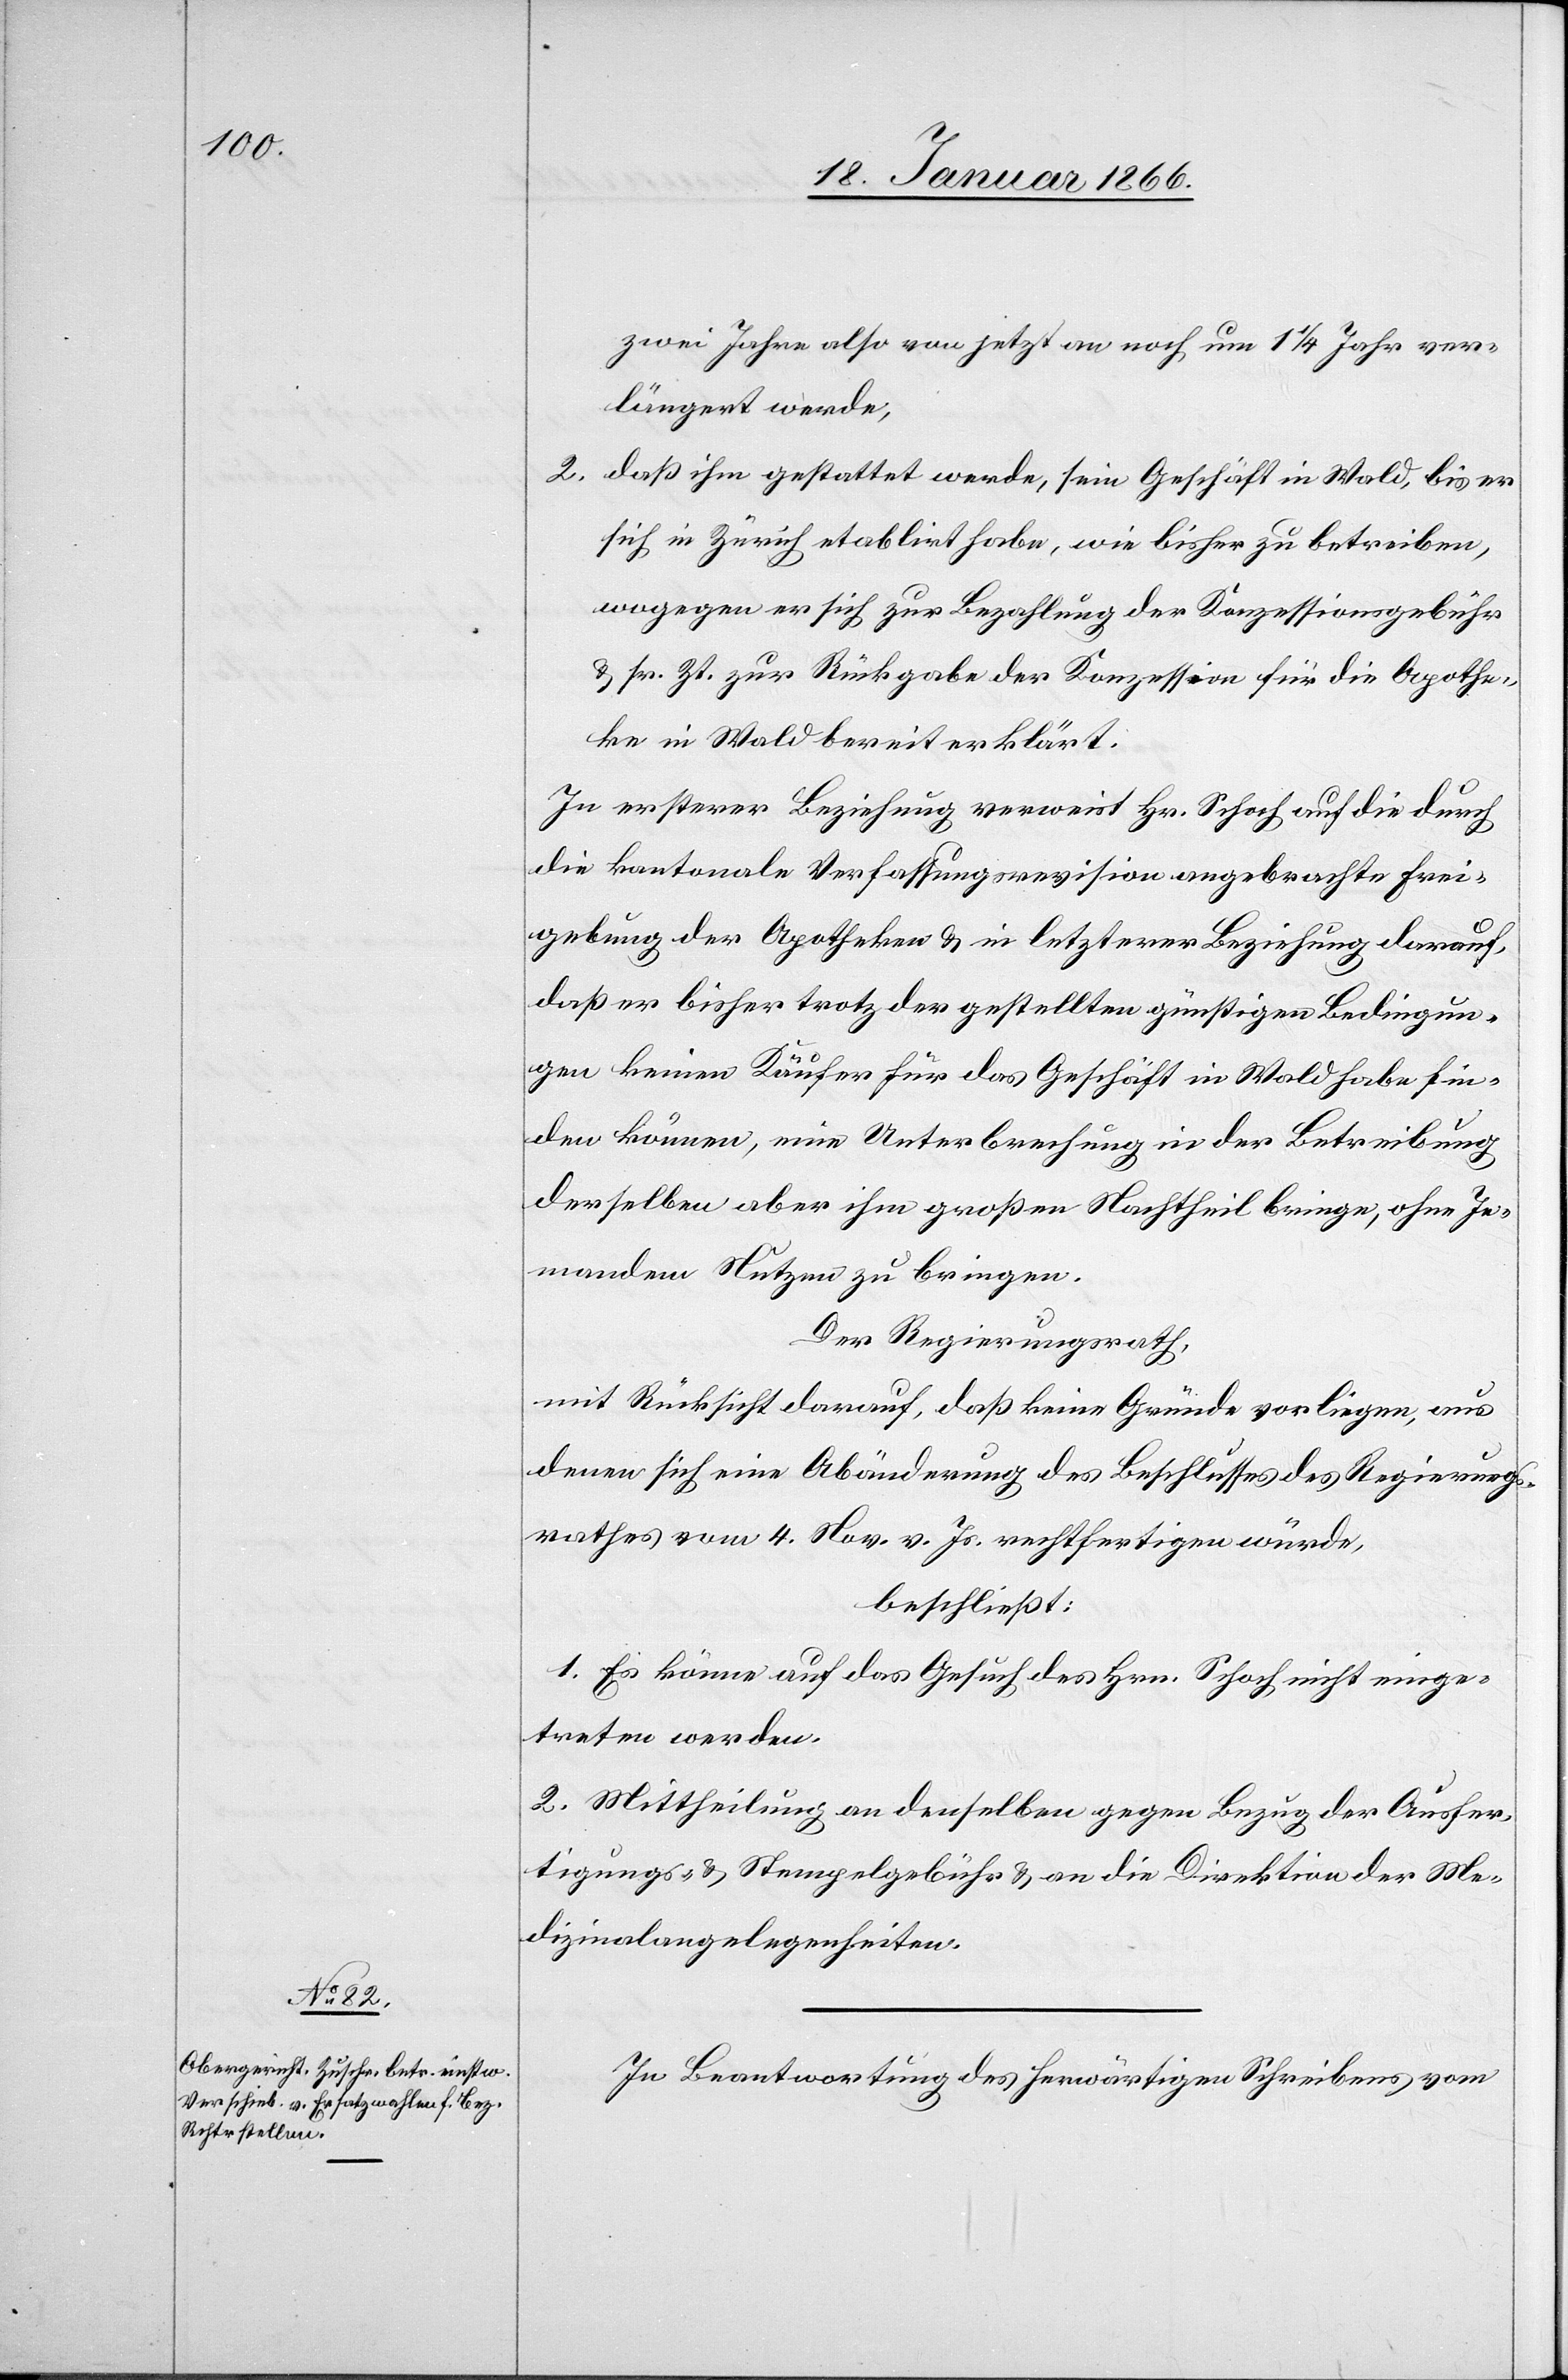
zwei Jahre also von jetzt noch um 1¼ Jahr ver¬
längert werde;
2. daß ihm gestattet werde, sein Geschäft in Wald, bis er
sich in Zürich etablirt habe, wie bisher zu betreiben,
wogegen er sich zur Bezahlung der Konzessionsgebühr
u. sr. Zt. zur Rückgabe der Konzession für die Apothe¬
ke in Wald bereit erklärt.
In ersterer Beziehung verweist Hr. Schoch auf die durch
die kantonale Verfassungsrevision angebrachte Frei¬
gebung der Apotheken u. in letzterer Beziehung darauf,
daß er bisher trotz der gestellten günstigen Bedingun¬
gen keinen Käufer für das Geschäft in Wald habe fin¬
den können, eine Unterbrechung in der Betreibung
derselben aber ihm großen Nachttheil bringen, ohne Je¬
manden Nutzen zu bringen.
Der Regierungsrath,
mit Rücksicht darauf, daß keine Gründe vorliegen, aus
denen sich eine Abänderung des Beschlusses des Regierungs¬
rathes vom 4. Nov. v. Js. rechtfertigen würde,
beschließt:
1. Es könne auf das Gesuch des Hrn. Schoch nicht einge¬
treten werden.
2. Mittheilung an denselben gegen Bezug der Ausfer¬
tigung- u. Stempelgebühr u. an die Direktion der Me¬
dizinalangelegenheiten.
In Beantwortung des herwärtigen Schreibens vom